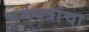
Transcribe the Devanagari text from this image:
चर्मपत्रांचा